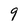
Character: 9